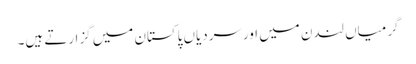
گرمیاں لندن میں اورسردیاں پاکستان میں گزارتے ہیں۔